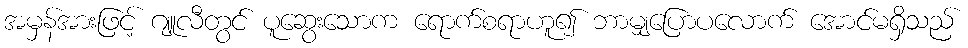
အမှန်အားဖြင့် ဂျူလီတွင် ပူဆွေးသောက ရောက်စရာဟူ၍ ဘာမျှပြောပလောက် အောင်မရှိသည်